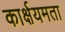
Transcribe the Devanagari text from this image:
कार्क्षयमता